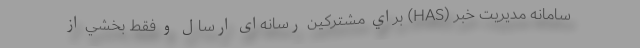
سامانه مدیریت خبر (HAS) براي مشترکین رسانه‌ای ارسال و فقط بخشي از